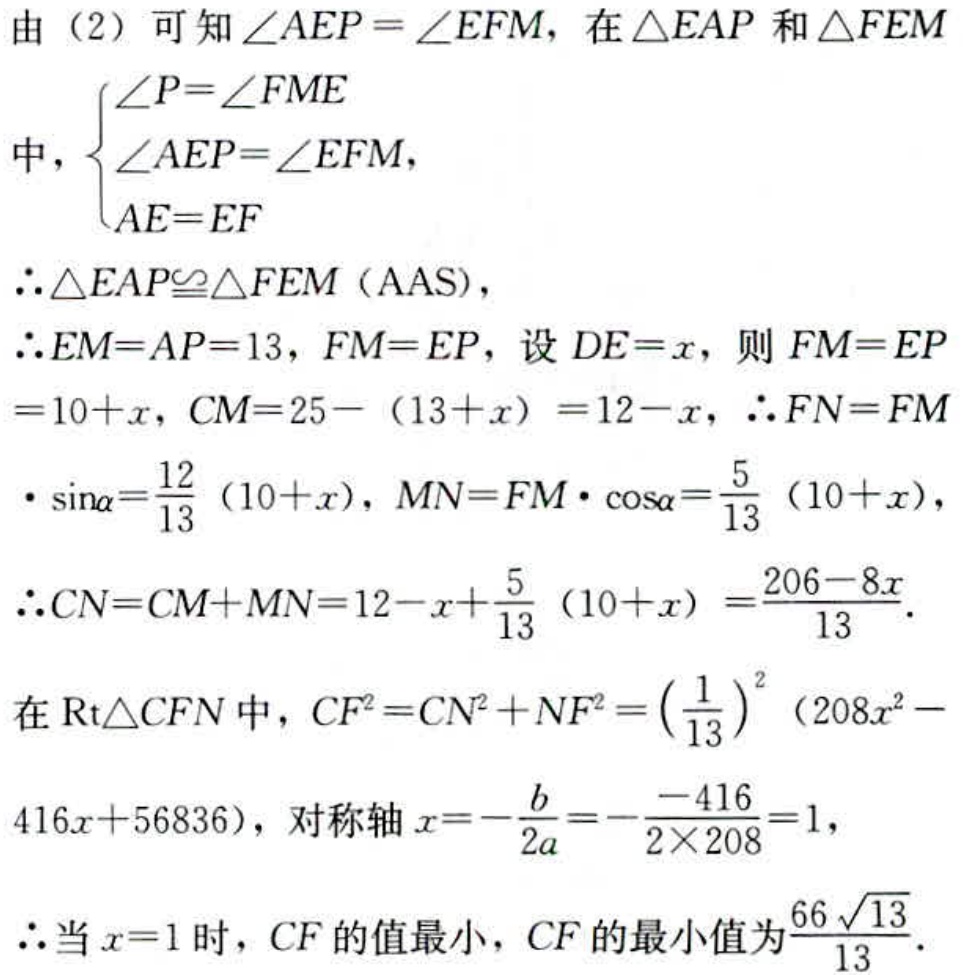
由（2）可知\(\angle AEP = \angle EFM\)，在\(\triangle EAP\)和\(\triangle FEM\)
中，\(\begin{cases}
\angle P = \angle FME\\
\angle AEP = \angle EFM\\
AE = EF
\end{cases}\)
\(\therefore\triangle EAP\cong\triangle FEM\)（AAS），
\(\therefore EM = AP = 13\)，\(FM = EP\)，设\(DE = x\)，则\(FM = EP = 10 + x\)，\(CM = 25 - (13 + x)=12 - x\)，\(\therefore FN = FM\cdot\sin\alpha=\frac{12}{13}(10 + x)\)，\(MN = FM\cdot\cos\alpha=\frac{5}{13}(10 + x)\)，
\(\therefore CN = CM + MN = 12 - x+\frac{5}{13}(10 + x)=\frac{206 - 8x}{13}\)。
在\(Rt\triangle CFN\)中，\(CF^{2}=CN^{2}+NF^{2}=(\frac{1}{13})^{2}(208x^{2}-416x + 56836)\)，对称轴\(x = -\frac{b}{2a}=-\frac{-416}{2\times208}=1\)，
\(\therefore\)当\(x = 1\)时，\(CF\)的值最小，\(CF\)的最小值为\(\frac{66\sqrt{13}}{13}\)。